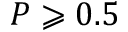
P \geqslant 0 . 5